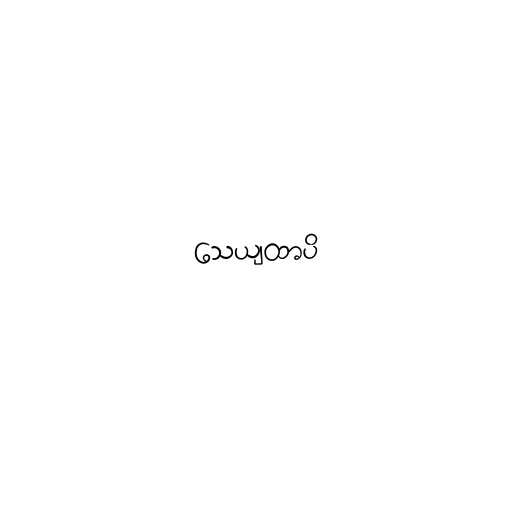
သေယျထာပိ